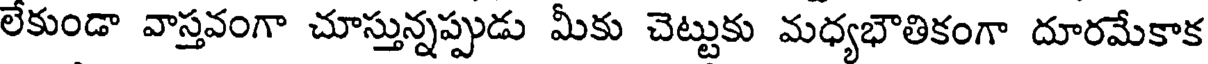
లేకుండా వాస్తవంగా చూస్తున్నప్పుడు మీకు చెట్టుకు మధ్యభౌతికంగా దూరమేకాక